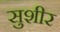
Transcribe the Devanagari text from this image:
सुशीर